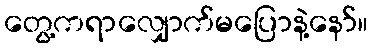
တွေ့ကရာလျှောက်မပြောနဲ့နော်။